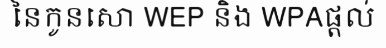
នៃកូនសោ WEP និង WPAផ្តល់